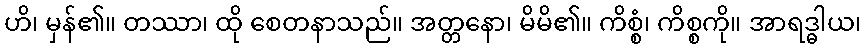
ဟိ၊ မှန်၏။ တဿာ၊ ထို စေတနာသည်။ အတ္တနော၊ မိမိ၏။ ကိစ္စံ၊ ကိစ္စကို။ အာရဒ္ဓါယ၊